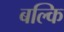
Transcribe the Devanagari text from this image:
बल्कि